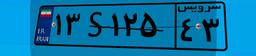
۱۳S۱۲۵۴۳